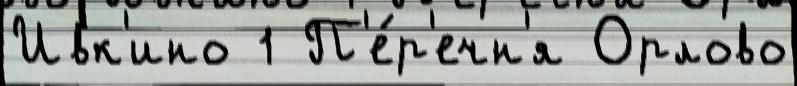
Ивк'ино 1 П'е́р'ечн'я Орлово